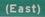
(east)